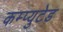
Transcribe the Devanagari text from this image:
कम्प्युटेड